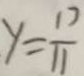
y = \frac { 1 7 } { 1 1 }